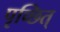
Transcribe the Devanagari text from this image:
पृच्छित्